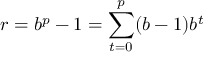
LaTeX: r = b ^ { p } - 1 = \sum _ { t = 0 } ^ { p } ( b - 1 ) b ^ { t }